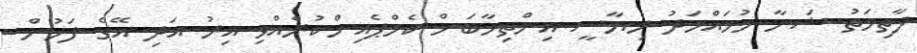
ފާތިމަތު ޝަނާ މުހައްމަދު ރިޔާސީ އިންތިޚާބަށް ކެމްޕެއިންކުރެއްވި އިރު އަދި އޭގެ ފަހުން